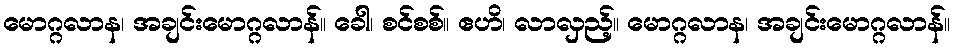
မောဂ္ဂလာန၊ အချင်းမောဂ္ဂလာန်။ ခေါ၊ စင်စစ်။ ဧဟိ၊ လာလှည့်။ မောဂ္ဂလာန၊ အချင်းမောဂ္ဂလာန်။